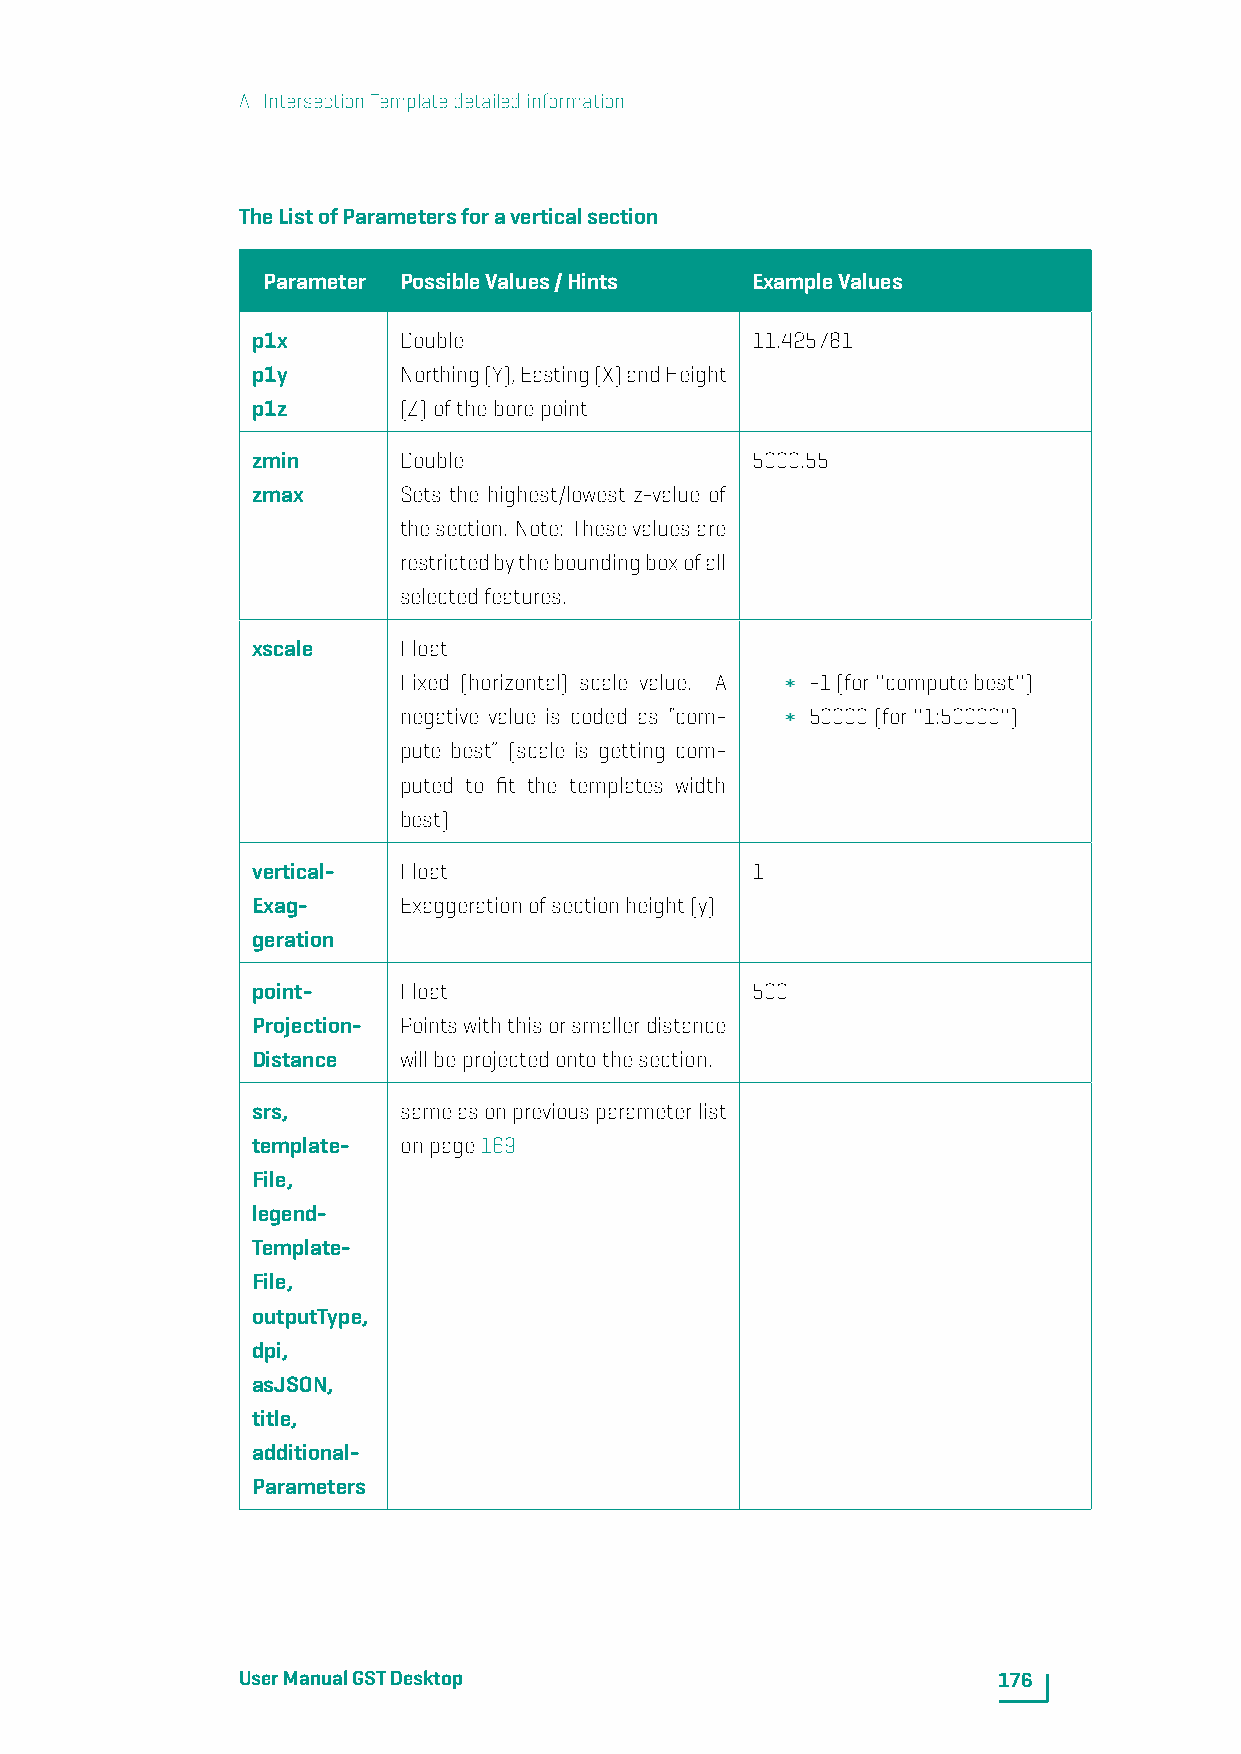
A. IntersectionTemplatedetailedinformation
 TheListofParametersforaverticalsection
 Parameter PossibleValues/Hints   ExampleValues
 p1x      Double                  11.425781
 p1y      Northing(Y),Easting(X)andHeight
 p1z      (Z)oftheborepoint
 zmin     Double                  5000.55
 zmax     Sets the highest/lowest z-value of
 thesection. Note: Thesevaluesare
 restrictedbytheboundingboxofall
 selectedfeatures.
 xscale   Float
 Fixed (horizontal) scale value. A -1(for''computebest'')
 negative value is coded as “com- 50000(for''1:50000'')
 pute best” (scale is getting com-
 puted to fit the templates width
 best)
 vertical- Float                  1
 Exag-    Exaggerationofsectionheight(y)
 geration
 point-   Float                   500
 Projection- Pointswiththisorsmallerdistance
 Distance willbeprojectedontothesection.
 srs,     sameasonpreviousparameterlist
 template- onpage169
 File,
 legend-
 Template-
 File,
 outputType,
 dpi,
 asJSON,
 title,
 additional-
 Parameters
 UserManualGSTDesktop                              176